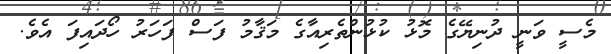
މެސީ ވަނީ ދުނިޔޭގެ މޮޅު ކުޅުންތެރިއާގެ މަޤާމު ފަސް ފަހަރު ހޯދައިފަ އެވެ.